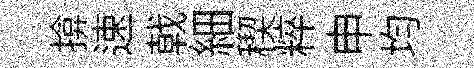
揜速戟細稧粹申均